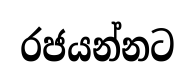
රජයන්නට